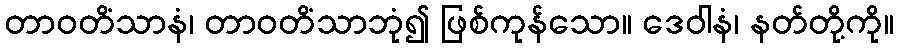
တာဝတိံသာနံ၊ တာဝတိံသာဘုံ၍ ဖြစ်ကုန်သော။ ဒေဝါနံ၊ နတ်တို့ကို။